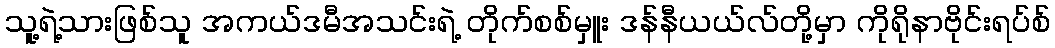
သူ့ရဲ့သားဖြစ်သူ အကယ်ဒမီအသင်းရဲ့ တိုက်စစ်မှူး ဒန်နီယယ်လ်တို့မှာ ကိုရိုနာဗိုင်းရပ်စ်